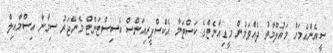
ސީއެންއެމަށް މައުލޫމާތު ދެއްވަމުން މީޑިއާނެޓްގެ ކަސްޓަމާ އެކްސްޕީރިއަންސް އެސިސްޓަންޓް މެނޭޖަރު ސިމާނާ އިސްމާއިލް